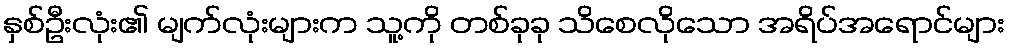
နှစ်ဦးလုံး၏ မျက်လုံးများက သူ့ကို တစ်ခုခု သိစေလိုသော အရိပ်အရောင်များ